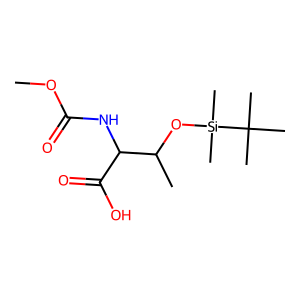
SMILES: COC(=O)NC(C(=O)O)C(C)O[Si](C)(C)C(C)(C)C
Inhibits HIV replication: No